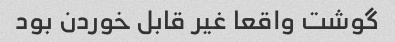
گوشت واقعا غیر قابل خوردن بود